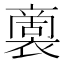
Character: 𮖭